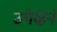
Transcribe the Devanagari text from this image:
उपेक्षेने